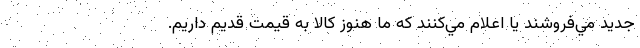
جديد مي‌فروشند يا اعلام مي‌كنند كه ما هنوز کالا به قيمت قديم داريم.